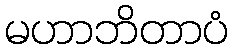
မဟာဘိတာပံ